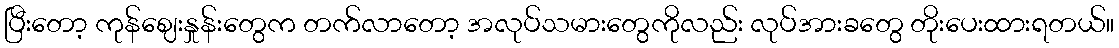
ပြီးတော့ ကုန်ဈေးနှုန်းတွေက တက်လာတော့ အလုပ်သမားတွေကိုလည်း လုပ်အားခတွေ တိုးပေးထားရတယ်။